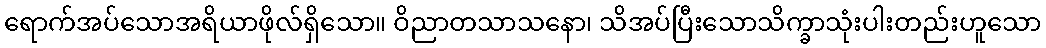
ရောက်အပ်သောအရိယာဖိုလ်ရှိသော။ ဝိညာတသာသနော၊ သိအပ်ပြီးသောသိက္ခာသုံးပါးတည်းဟူသော